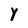
Character: Y